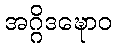
အဂ္ဂိဒဍ္ဎောဝ